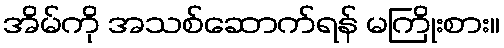
အိမ်ကို အသစ်ဆောက်ရန် မကြိုးစား။